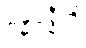
ဓမ္မဝုဒ္ဓီတိ